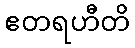
ဧတရဟီတိ